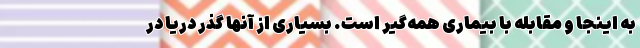
به اینجا و مقابله با بیماری همه‌گیر است. بسیاری از آنها گذر دریا در